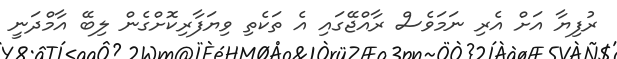
ރުފިޔާ އަށް އެރި ނަމަވެސް ރާއްޖޭގައި އެ ތަކެތި ވިޔަފާރިކޮށްގެން ލިބޭ އާމްދަނީ